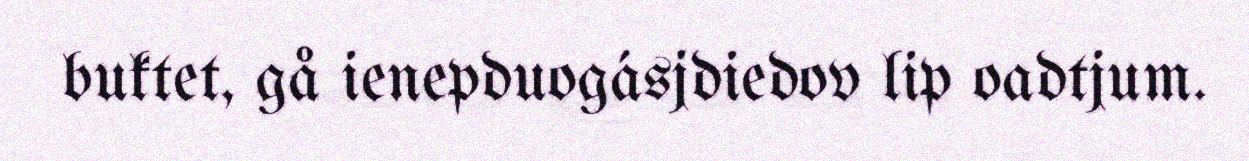
buktet, gå ienepduogásjdiedov lip oadtjum.